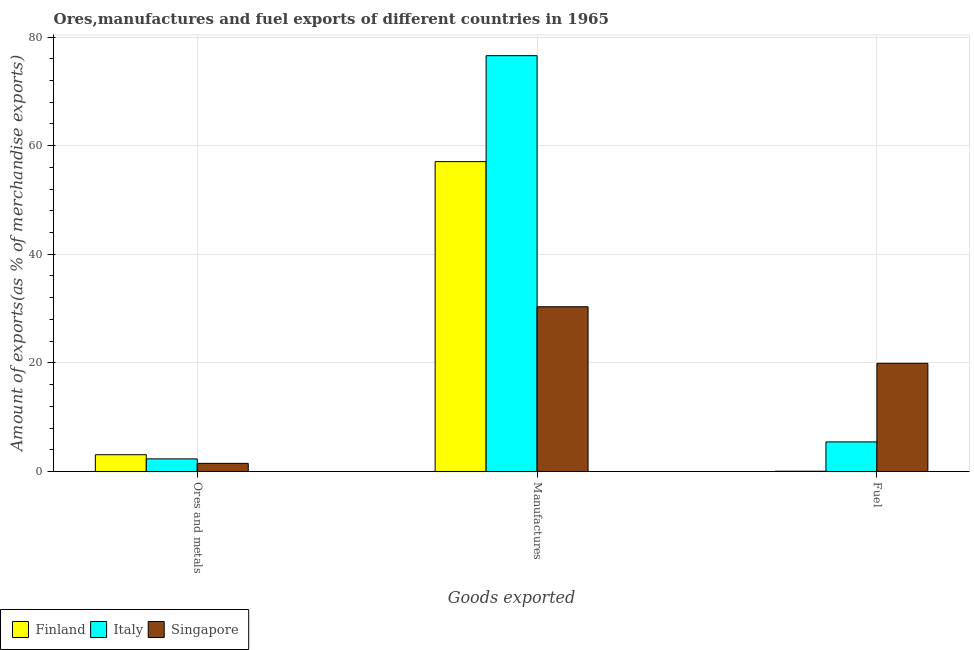
| Goods exported | Finland | Italy | Singapore |
 | --- | --- | --- | --- |
 | Ores and metals | 3.09 | 2.32 | 1.5 |
 | Manufactures | 57.1 | 76.6 | 30.3 |
 | Fuel | 0.0431 | 5.45 | 19.9 |